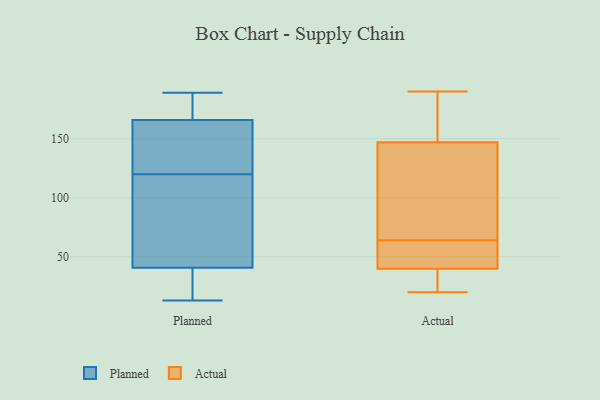
{"axis": {"x": "Satisfaction Score", "y": "Value"}, "legend": ["Actual", "Planned"], "data": [{"x": "", "y": 189, "type": "Planned"}, {"x": "", "y": 170, "type": "Planned"}, {"x": "", "y": 43, "type": "Planned"}, {"x": "", "y": 132, "type": "Planned"}, {"x": "", "y": 19, "type": "Planned"}, {"x": "", "y": 182, "type": "Planned"}, {"x": "", "y": 16, "type": "Planned"}, {"x": "", "y": 128, "type": "Planned"}, {"x": "", "y": 73, "type": "Planned"}, {"x": "", "y": 59, "type": "Planned"}, {"x": "", "y": 91, "type": "Planned"}, {"x": "", "y": 120, "type": "Planned"}, {"x": "", "y": 168, "type": "Planned"}, {"x": "", "y": 154, "type": "Planned"}, {"x": "", "y": 13, "type": "Planned"}, {"x": "", "y": 168, "type": "Planned"}, {"x": "", "y": 39, "type": "Planned"}, {"x": "", "y": 40, "type": "Planned"}, {"x": "", "y": 160, "type": "Planned"}, {"x": "", "y": 20, "type": "Actual"}, {"x": "", "y": 38, "type": "Actual"}, {"x": "", "y": 48, "type": "Actual"}, {"x": "", "y": 150, "type": "Actual"}, {"x": "", "y": 34, "type": "Actual"}, {"x": "", "y": 64, "type": "Actual"}, {"x": "", "y": 45, "type": "Actual"}, {"x": "", "y": 190, "type": "Actual"}, {"x": "", "y": 147, "type": "Actual"}, {"x": "", "y": 72, "type": "Actual"}, {"x": "", "y": 71, "type": "Actual"}, {"x": "", "y": 152, "type": "Actual"}, {"x": "", "y": 64, "type": "Actual"}, {"x": "", "y": 147, "type": "Actual"}, {"x": "", "y": 26, "type": "Actual"}]}